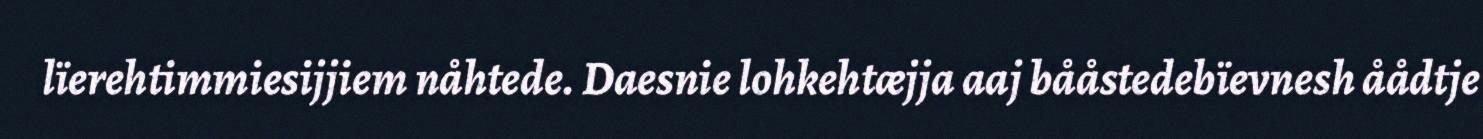
lïerehtimmiesijjiem nåhtede. Daesnie lohkehtæjja aaj bååstedebïevnesh åådtje